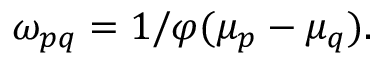
\begin{array} { r } { \omega _ { p q } = 1 / \varphi ( \mu _ { p } - \mu _ { q } ) . } \end{array}